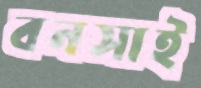
বনসাই